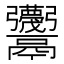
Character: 𱆕